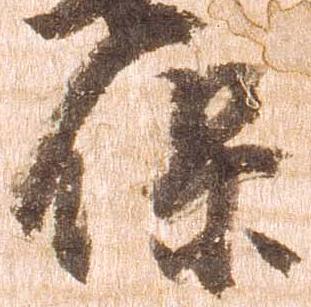
保